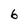
Character: 6